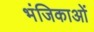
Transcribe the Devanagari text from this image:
भंजिकाओं